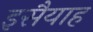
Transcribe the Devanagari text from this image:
इसैयाह